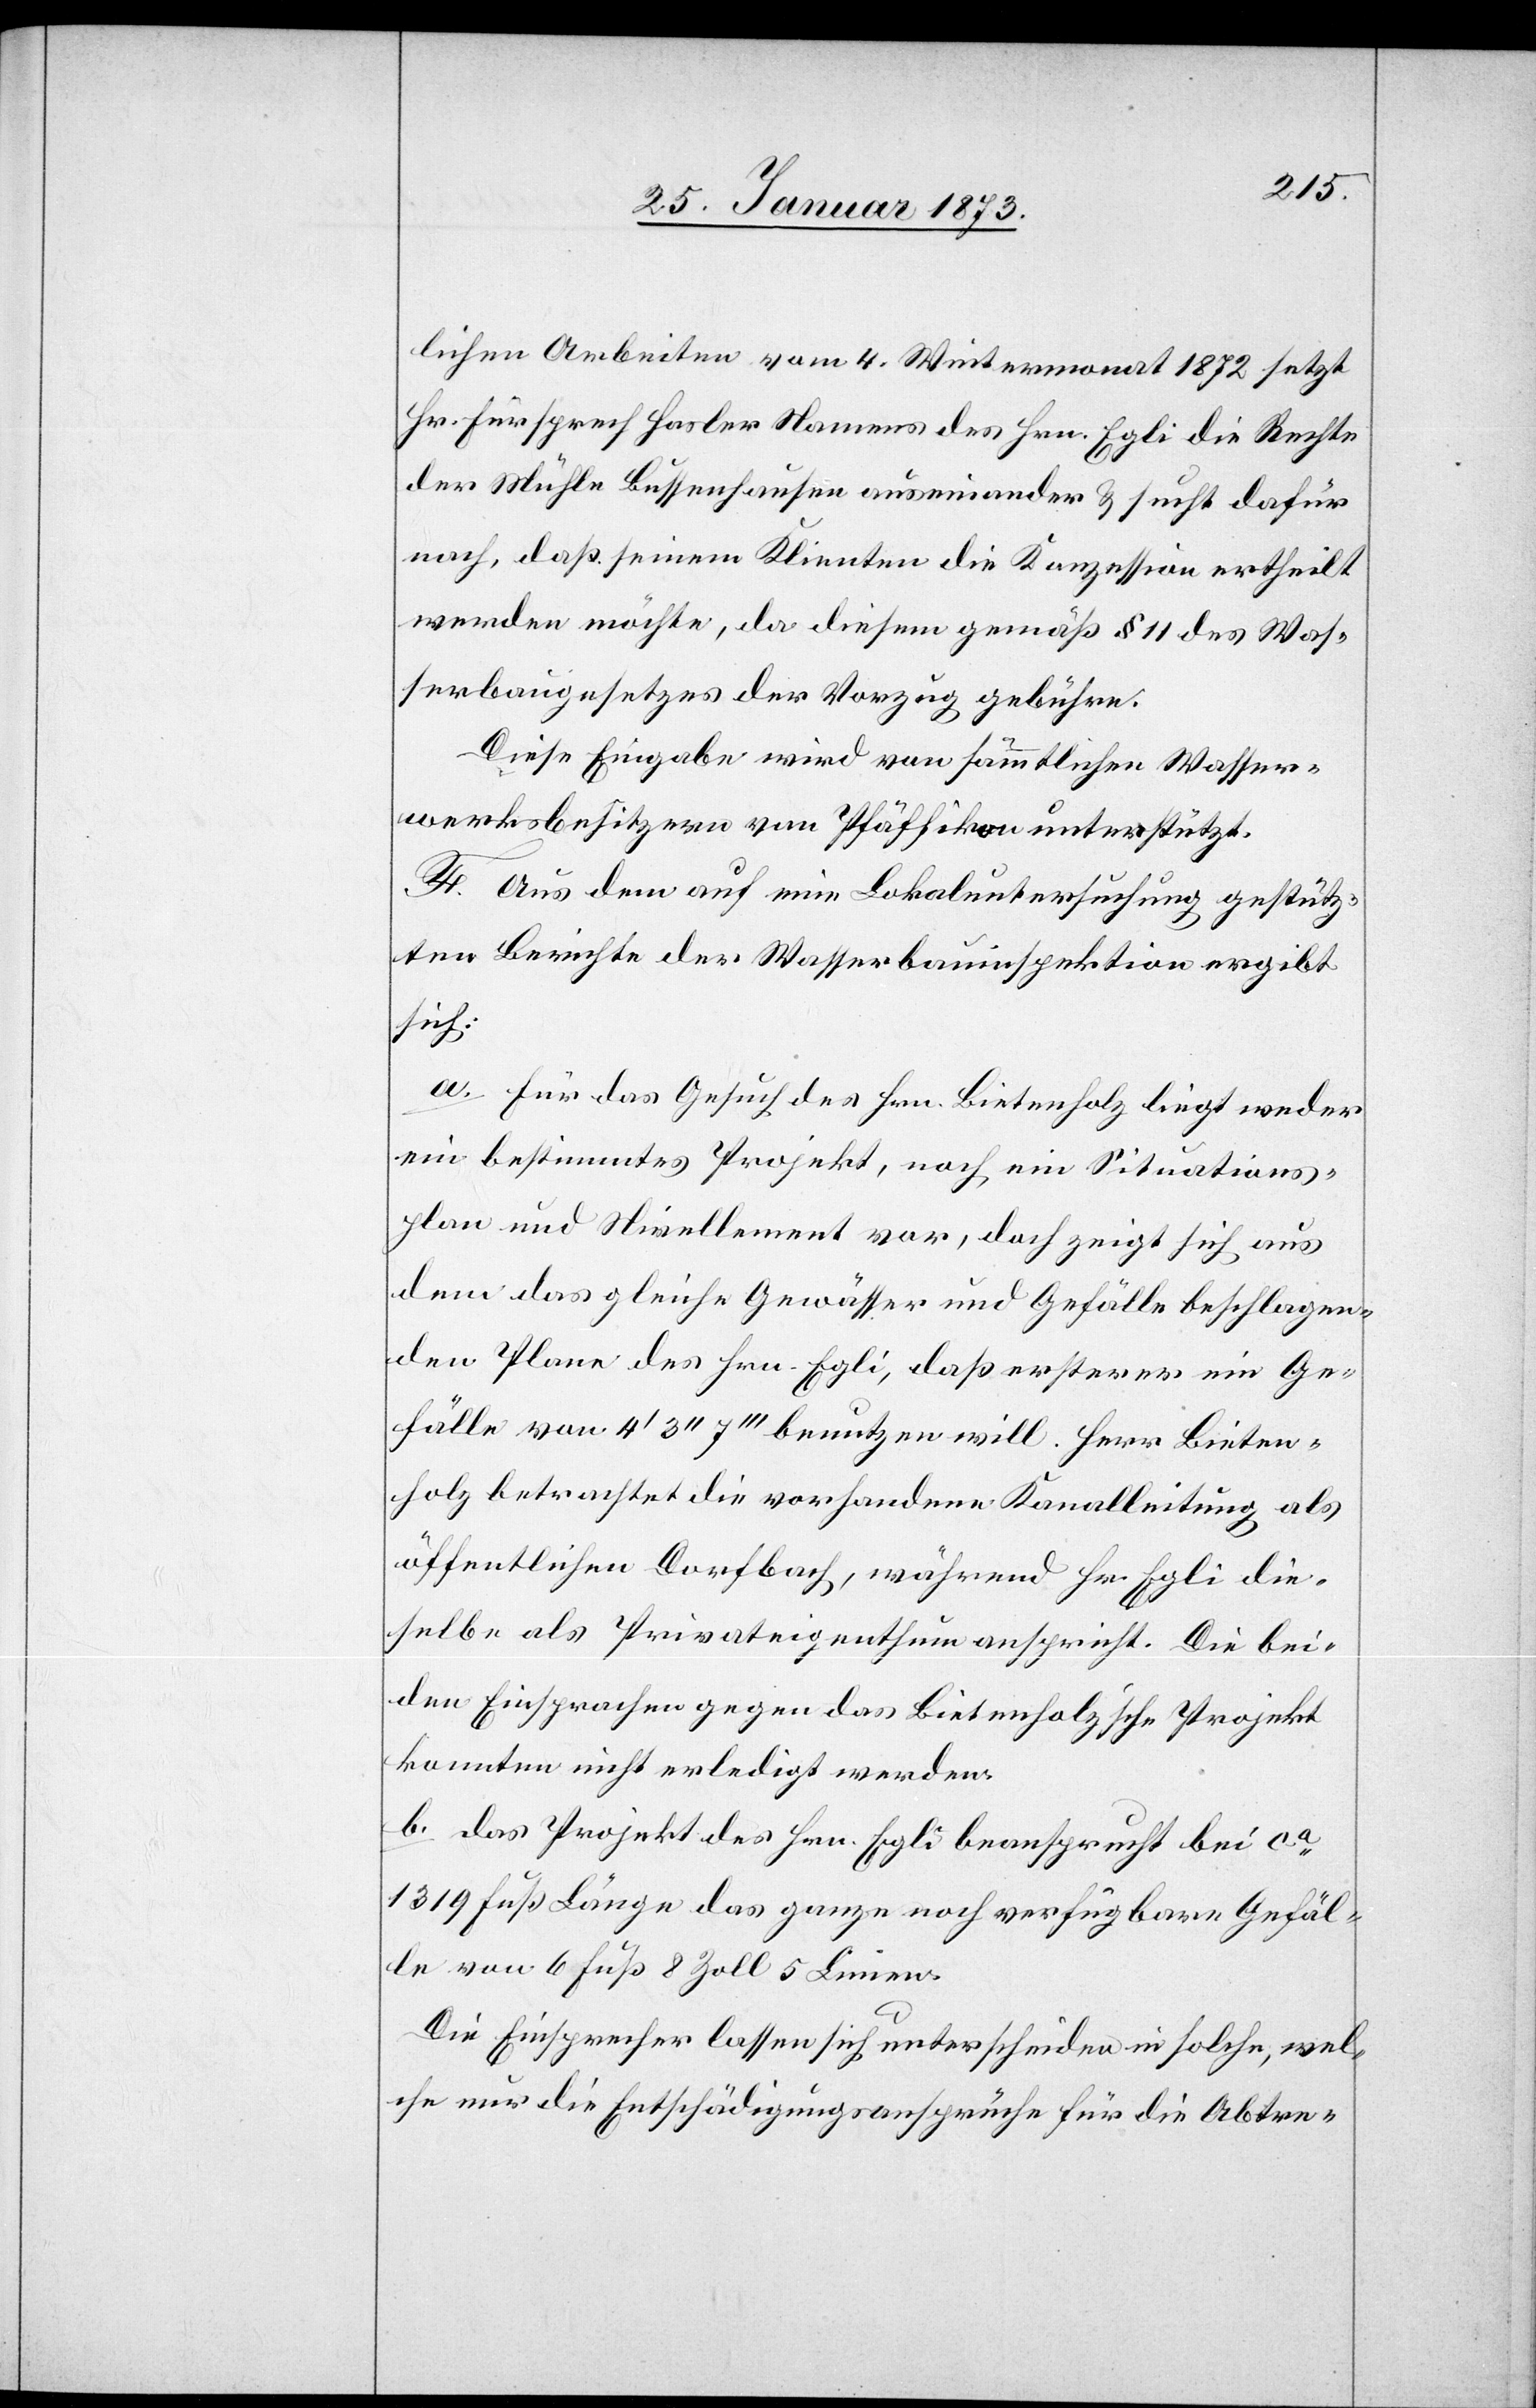
lichen Arbeiten vom 4. Wintermonat 1872 setzt
Hr. Fürsprech Hasler Namens des Hrn. Egli die Rechte
der Mühle Bussenhausen auseinander u. sucht dafür
nach, daß seinem Klienten die Konzession ertheilt
werden möchte, da diesem gemäß § 11 des Was¬
serbaugesetzes der Vorzug gebühre.
Diese Eingabe wird von sämmtlichen Wasser¬
werksbesitzern von Pfäffikon unterstützt.
F. Aus dem auf eine Lokaluntersuchung gestütz¬
ten Berichte der Wasserbauinspektion ergibt
sich:
a. Für das Gesuch des Hrn. Bietenholz liegt weder
ein bestimmtes Projekt, noch ein Situations¬
plan und Nivellement vor, doch zeigt sich aus
dem das gleiche Gewässer und Gefälle beschlagen¬
den Plan des Hrn. Egli, daß ersterer ein Ge¬
fälle von 4’ 3’’ 7’’’ benutzen will. Herr Bieten¬
holz betrachtet die vorhandene Kanalleitung als
öffentlichen Dorfbach, während Hr. Egli die¬
selbe als Privateigenthum anspricht. Die bei¬
den Einsprachen gegen das Bietenholzische Projekt
konnten nicht erledigt werden.
1319 Fuß Länge das ganze noch verfügbare Gefäl¬
le von 6 Fuß 8 Zoll 5 Linien.
Die Einsprecher lassen sich unterscheiden in solche, wel¬
che nur die Entschädigungsansprüche für die Abtre-